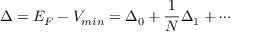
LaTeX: \Delta = E _ { F } - V _ { m i n } = \Delta _ { 0 } + \frac { 1 } { N } \Delta _ { 1 } + \cdots